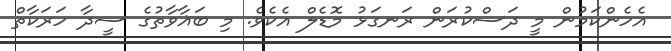
އެހެންކަމުން މީ ދަސްކުރަން ރަނގަޅު މޮޑެލް އެކެވެ. މި ބަޣާވާތުގެ ސީދާ ހަރަކާތް